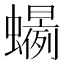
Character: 𲀍